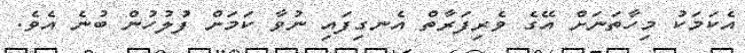
އެކަމަކު މިހާތަނަށް އޭގެ ވެރިފަރާތް އެނގިފައި ނުވާ ކަމަށް ފުލުހުން ބުނެ އެވެ.